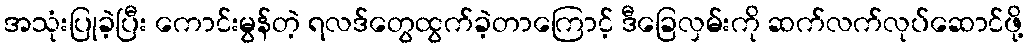
အသုံးပြုခဲ့ပြီး ကောင်းမွန်တဲ့ ရလဒ်တွေထွက်ခဲ့တာကြောင့် ဒီခြေလှမ်းကို ဆက်လက်လုပ်ဆောင်ဖို့